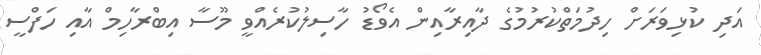
އަދި ކުޅިވަރަށް ހިދުމަތްކުރުމުގެ ދާއިރާއިން އެވޯޑު ހާސިލުކުރެއްވީ މޫސާ އިބްރާހިމް އާއި ހަފްސީ